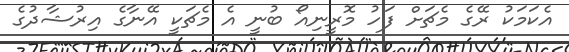
އެކަމަކު ރޭގެ މެޗަށް ފަހު މޮރީނިއޯ ބުނީ އެ މެޗަކީ އޭނާގެ އިރުޝާދުގެ